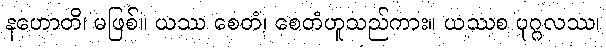
နဟောတိ၊ မဖြစ်။ ယဿ စေတံ၊ စေတံဟူသည်ကား။ ယဿစ ပုဂ္ဂလဿ၊